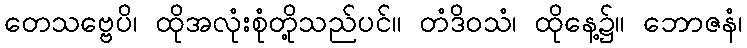
တေသဗ္ဗေပိ၊ ထိုအလုံးစုံတို့သည်ပင်။ တံဒိဝသံ၊ ထိုနေ့၌။ ဘောဇနံ၊